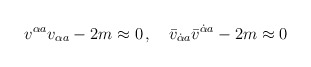
\begin{align*}v^{\alpha{}a}v_{\alpha{}a} -2m \approx 0 \, ,\quad\bar v_{\dot\alpha{}a}\bar v^{\dot\alpha{}a} -2m \approx 0\end{align*}